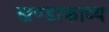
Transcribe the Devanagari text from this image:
खण्डाकाव्य